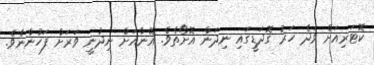
ކޮޓަރިއަށް ވަދެ ހަރު ގޮދަޑީގައި ނިދަން އޮށޯތެވެ. އޭނާއަށް ނިދުނީ ވަރަށް ފަހުންނެވެ.